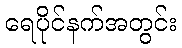
ရေပိုင်နက်အတွင်း